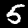
Label: 5